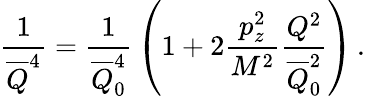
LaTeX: {\frac{1}{\overline{{Q}}^{4}}}={\frac{1}{\overline{{Q}}_{0}^{4}}}\left(1+2{\frac{p_{z}^{2}}{M^{2}}}{\frac{Q^{2}}{\overline{{Q}}_{0}^{2}}}\right)\, .